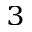
_ 3